Report on lock hospitals in British Burma
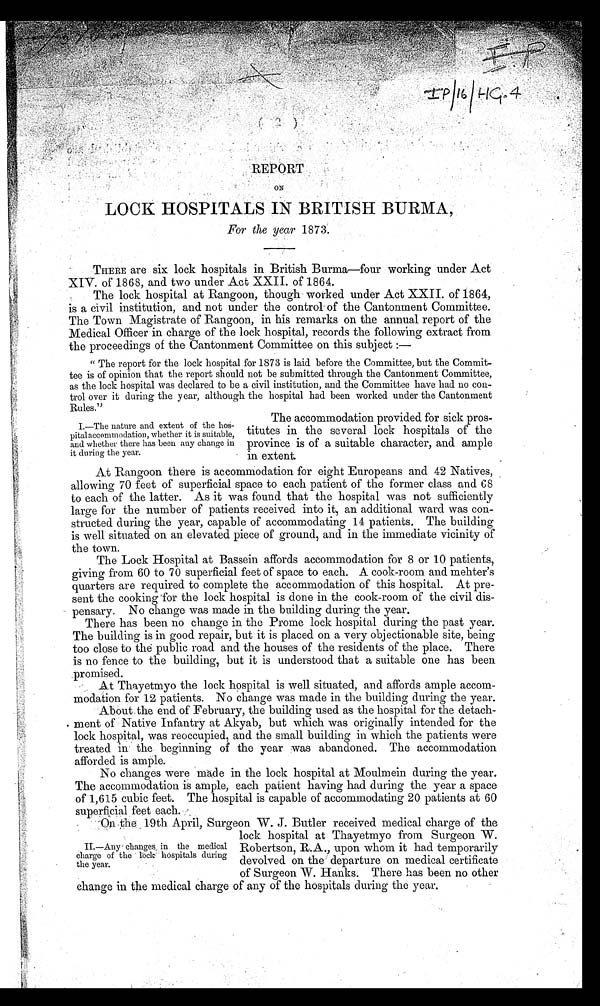
REPORT
ON
LOCK HOSPITALS IN BRITISH BURMA.
For the year 1873.
THERE are six lock hospitals in British Burma—four working under Act.
XIV. of 1868, and two under Act XXII. of 1864.
The lock hospital at Rangoon, though worked under Act XXII. of 1864,
is a civil institution, and not under the control of the Cantonment Committee.
The Town Magistrate of Rangoon, in his remarks on the annual report of the
Medical Officer in charge of the lock hospital, records the following extract from
the proceedings of the Cantonment Committee on this subject : —
" The report for the lock hospital for 1873 is laid before the Committee, but the Commit-
tee is of opinion that the report should not be submitted through the Cantonment Committee,
as the lock hospital was declared to be a civil institution, and the Committee have had no con-
trol over it during the year, although the hospital had been worked under the Cantonment
Rules."
I.—The nature and extent of the hos-
pital accommodation, whether it is suitable,
and whether there has been any change in
it during the year.
The accommodation provided for sick pros-
titutes in the several lock hospitals of the
province is of a suitable character, and ample
in extent.
At Rangoon there is accommodation for eight Europeans and 42 Natives,
allowing 70 feet of superficial space to each patient of the former class and 68
to each of the latter. As it was found that the hospital was not sufficiently
large for the number of patients received into it, an additional ward was con-
structed during the year, capable of accommodating 14 patients. The building
is well situated on an elevated piece of ground, and in the immediate vicinity of
the town.
The Lock Hospital at Bassein affords accommodation for 8 or 10 patients,
giving from 60 to 70 superficial feet of space to each. A cook-room and mehter's
quarters are required to complete the accommodation of this hospital. At pre-
sent the cooking for the lock hospital is done in the cook-room of the civil dis-
pensary. No change was made in the building during the year.
There has been no change in the Prome lock hospital during the past year.
The building is in good repair, but it is placed on a very objectionable site, being
too close to the public road and the houses of the residents of the place. There
is no fence to the building, but it is understood that a suitable one has been
promised.
At Thayetmyo the lock hospital is well situated, and affords ample accom-
modation for 12 patients. No change was made in the building during the year.
About the end of February, the building used as the hospital for the detach-
ment of Native Infantry at Akyab, but which was originally intended for the
lock hospital, was reoccupied, and the small building in which the patients were
treated in the beginning of the year was abandoned. The accommodation
afforded is ample.
No changes were made in the lock hospital at Moulmein during the year.
The accommodation is ample, each patient having had during the year a space
of 1,615 cubic feet. The hospital is capable of accommodating 20 patients at 60
superficial feet each.
II.—Any changes in the medical
charge of the lock hospitals during
the year.
On the 19th April, Surgeon W. J. Butler received medical charge of the
lock hospital at Thayetmyo from Surgeon W.
Robertson , R.A., up on whom it had temporarily
devolved on the departure on medical certificate
of Surgeon W. Hanks. There has been no other
change in the medical charge of any of the hospitals during the year.